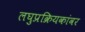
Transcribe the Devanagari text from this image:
लघुप्रक्रियकांवर